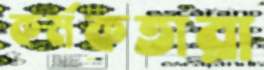
কর্মকতারা